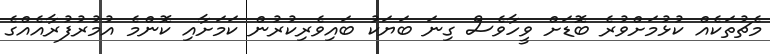
މެޗުތަކެއް ކުޅުމަށްވުރެ ބޮޑަށް ވީހާވެސް ގިނަ ބަޔަކު ބައިވެރިކުރުން ކަމަށާއި ކޮންމެ އުމުރުފުރާއެއްގެ